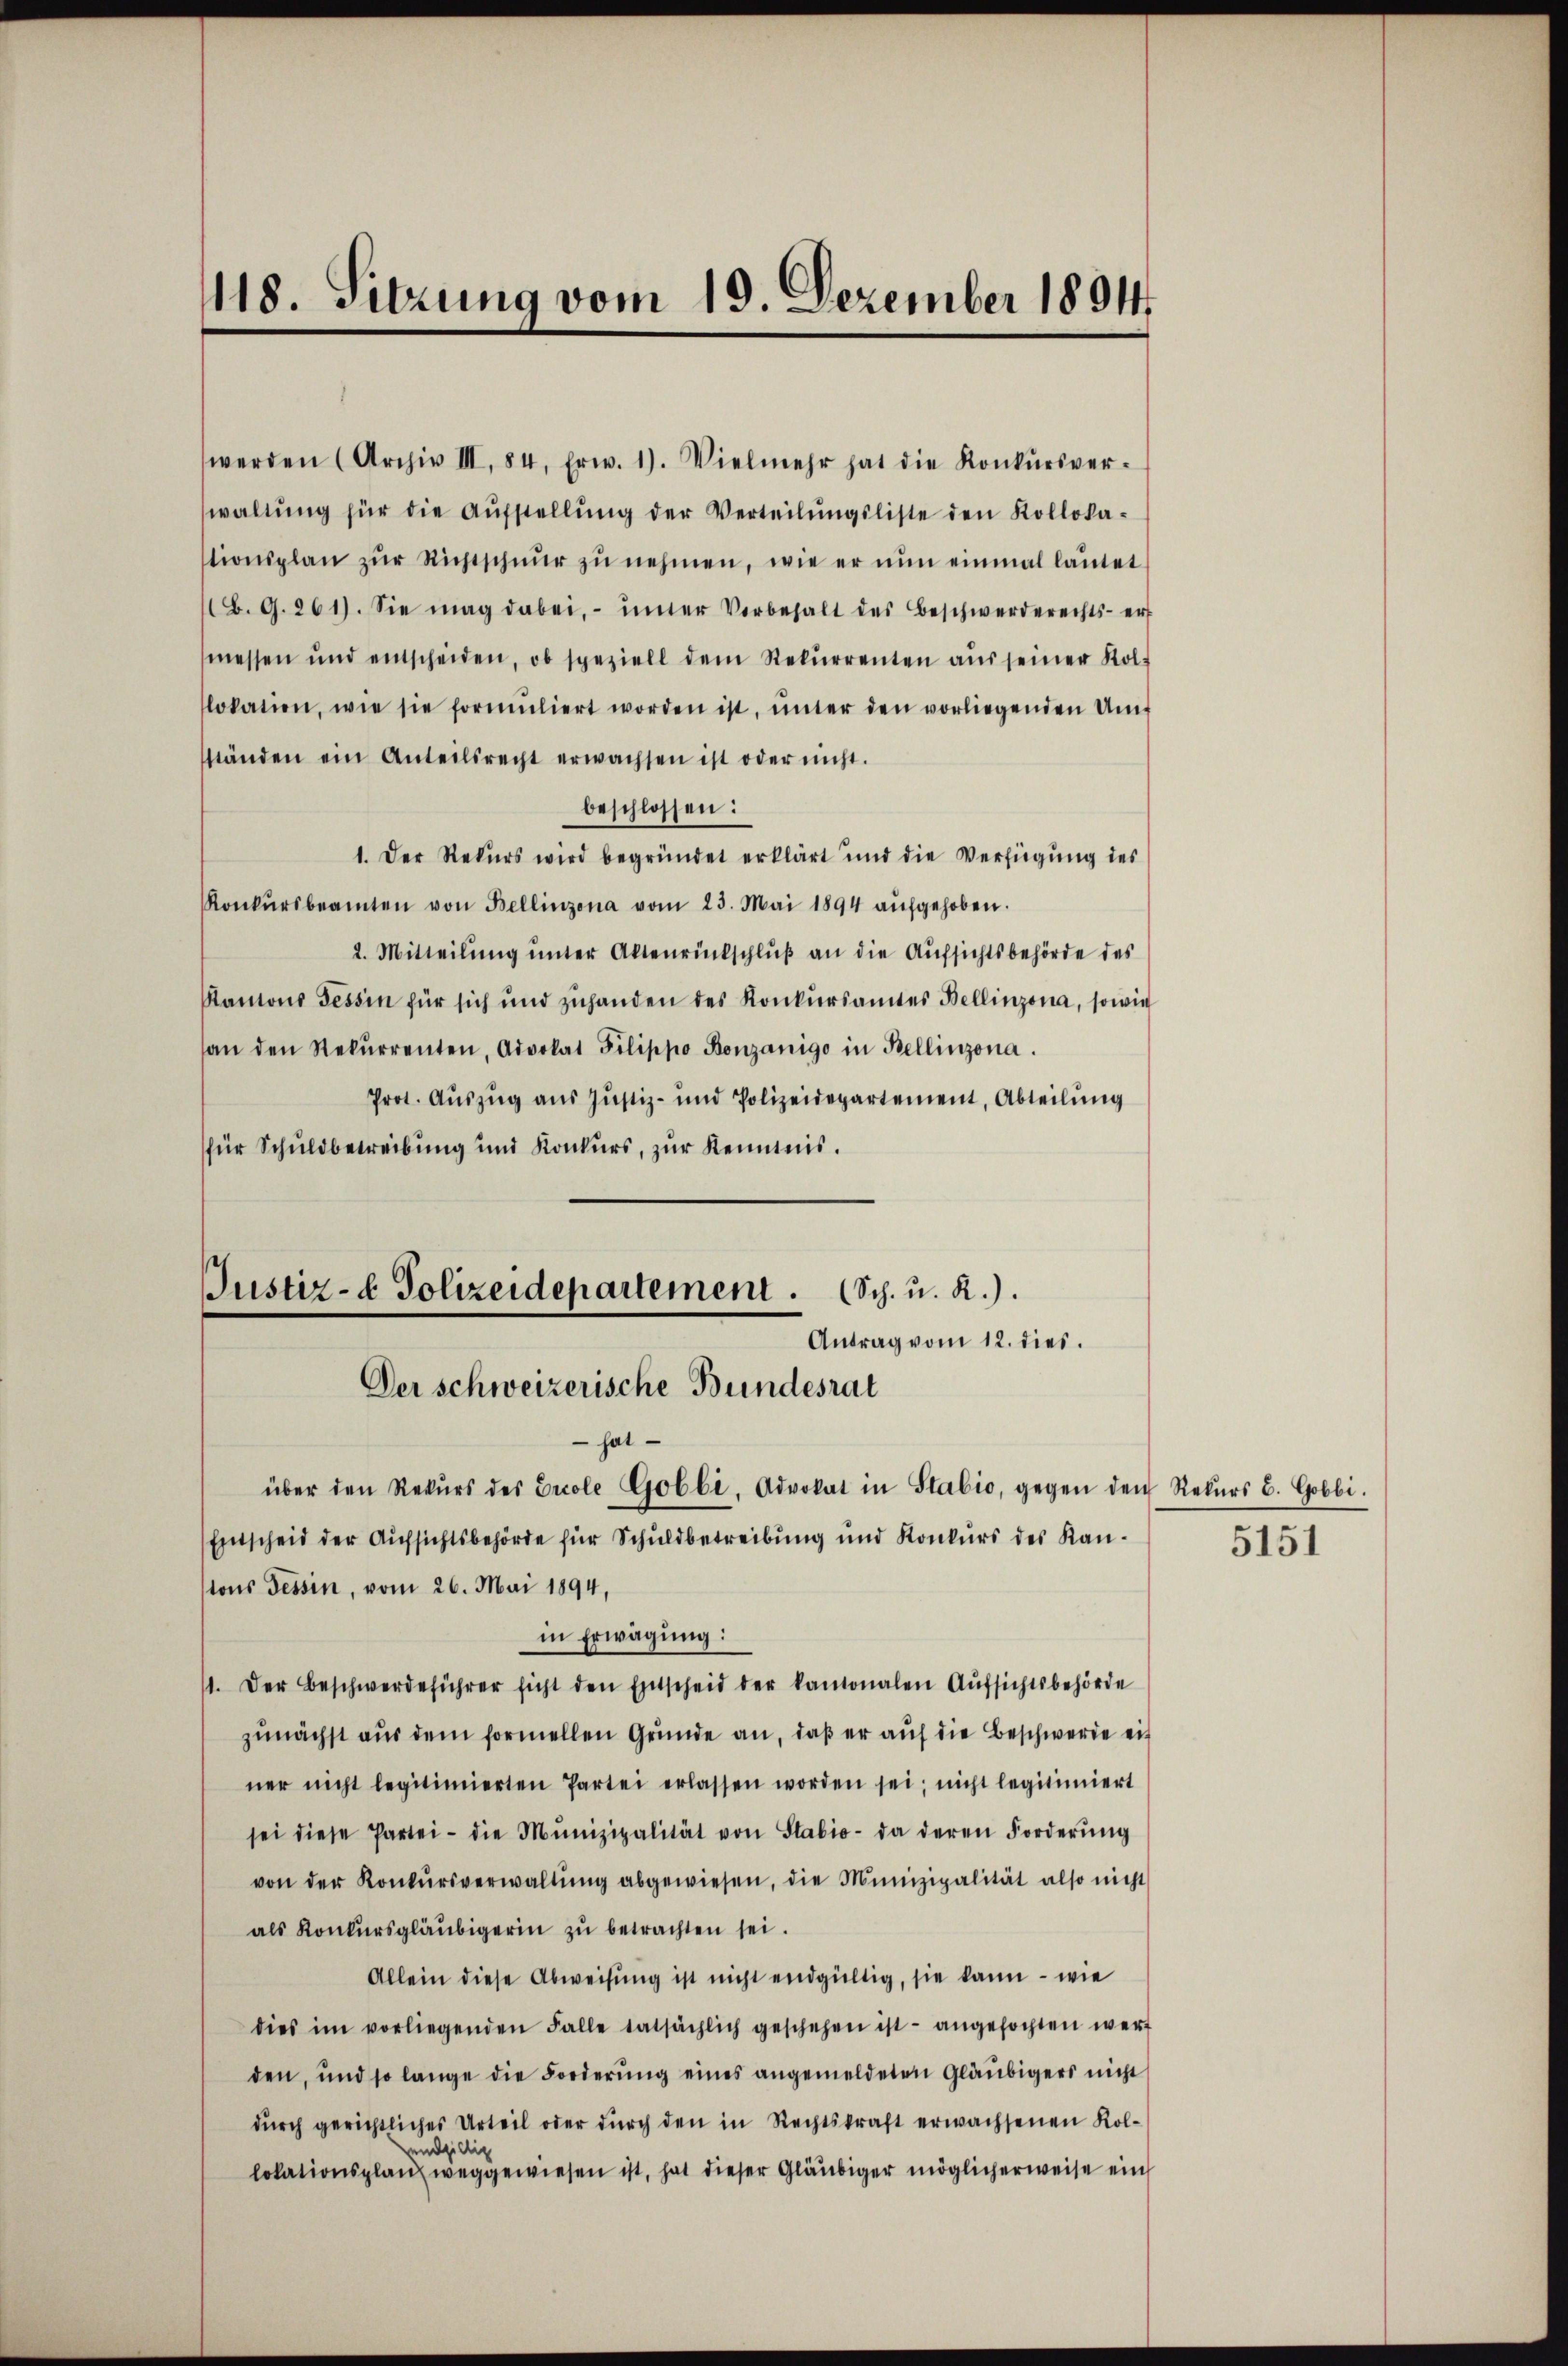
118. Sitzung vom 19. Dezember 1891

werden (Archiv III. 84, Erw. 1). Vielmehr hat die Konkŭrsver-
waltŭng für die Aŭfstellŭng der Verteilŭngsliste den Kolloka-
tionsplan zŭr Richtschnŭr zŭ nehmen, wie er nŭn einmal laŭtet
(B. G. 261). Sie mag dabei, unter Vorbehalt des Beschwerderechts- erf
messen und entscheiden, ob speziell dem Rekŭrrenten aŭs seiner Kol-
lokation, wie sie formŭliert worden ist, ŭnter den vorliegenden Um-
ständen ein Anteilsrecht erwachsen ist oder nicht.
beschlossen:
1. Der Rekurs wird begründet erklärt und die Verfügung des
Konkŭrsbeamten von Bellinzona vom 23. Mai 1894 aŭfgehoben.
2. Mitteilŭng ŭnter Aktenrückschlŭβ an die Aufsichtsbehörde des
Kantons Tessin für sich und zŭhanden des Konkŭrsamtes Bellinzona, sowie
an den Rekŭrrenten, Advokat Pilippo Bonzanigo in Bellinzona.
Prot. Auszug aus Justiz- und Polizeidepartement, Abteilung
für Schuldbetreibung und Konkurs, zur Kenntnis.
Justiz- & Polizeidepartement. (Sch. u. R.).
Antrag vom 12. dies.
Der schweizerische Bundesrat
 hat
über den Rekŭrs des Ercole Gobbi. Advokat in Stabio, gegen den Rekŭrs B. Gobbi.
Entscheid der Aufsichtsbehörde für Schuldbetreibung und Konkurs des Kantons Tessin, vom 26. Mai 1894,
in Erwägung:
11. Der Beschwerdeführer sicht den Entscheid der kantonalen Aŭfsichtsbehörde
zunächst aus dem formellen Gründe an, daß er auf die Beschwerde eit
ner nicht legitimierten Partei erlassen worden sei, nicht legitimiert
sei diese Partei- die Munizipalität von Stabio- da deren Forderŭng
von der Konkŭrsverwaltŭng abgewiesen, die Munizipalität also nicht
als Konkursgläubigerin zu betrachten sei.
Allein diese Abweisung ist nicht endgültig, sie kann – wie
dies im vorliegenden Falle tatsächlich geschehen ist angefochten wert
den, und so lange die Forderŭng eines angemeldeten Gläubigers nicht
dŭrch gerichtliches Urteil oder dŭrch den in Rechtskraft erwachsenen Kol-
undgillig
lokationsplanz weggewiesen ist, hat dieser Gläubiger möglicherweise ein

5151